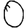
Digit: 0